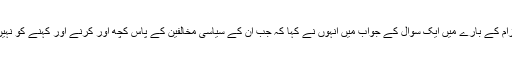
ریحام خان کی کتاب کے حوالے سے مسلم لیگ (ن) پر الزام کے بارے میں ایک سوال کے جواب میں انہوں نے کہا کہ جب ان کے سیاسی مخالفین کے پاس کچھ اور کرنے اور کہنے کو نہیں ہوتا تو وہ اس طرح کے بے بنیاد الزامات لگا دیتے ہیں۔